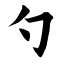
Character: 勺